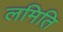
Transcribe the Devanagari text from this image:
लमिति